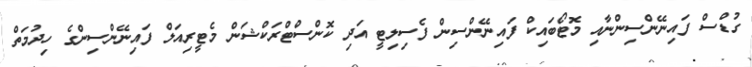
ގުޑްސް ފައިނޭންސިންނާއި މޮޓޯބައިކް ފައިނޭންސިން ފެސިލިޓީ އަދި ކޮންސްޓްރަކްޝަން މެޓީރިއަލް ފައިނޭންސިންގެ ހިދުމަތް